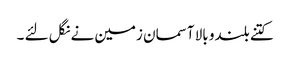
کتنے بلندو بالا آسمان زمین نے نگل لئے ۔